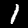
Label: 1